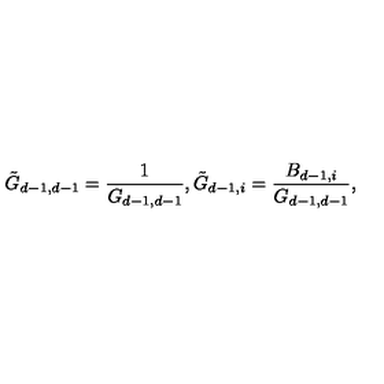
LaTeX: \tilde { G } _ { d - 1 , d - 1 } = \frac { 1 } { G _ { d - 1 , d - 1 } } , \tilde { G } _ { d - 1 , i } = \frac { B _ { d - 1 , i } } { G _ { d - 1 , d - 1 } } ,